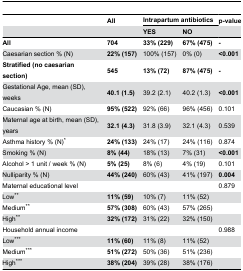
|  | All | <COLSPAN=2> Intrapartum antibiotics | p-value |
 |  |  | YES | NO |  |
 | --- | --- | --- | --- | --- |
 | All | 704 | 33% (229) | 67% (475) | - |
 | Caesarian section % (N) | 22% (157) | 100% (157) | 0% (0) | <0.001 |
 | Stratified (no caesarian section) | 545 | 13% (72) | 87% (475) | - |
 | Gestational Age, mean (SD), weeks | 40.1 (1.5) | 39.2 (2.1) | 40.2 (1.3) | <0.001 |
 | Caucasian % (N) | 95% (522) | 92% (66) | 96% (456) | 0.101 |
 | Maternal age at birth, mean (SD), years | 32.1 (4.3) | 31.8 (3.9) | 32.1 (4.3) | 0.539 |
 | Asthma history % (N)* | 24% (133) | 24% (17) | 24% (116) | 0.874 |
 | Smoking % (N) | 8% (44) | 18% (13) | 7% (31) | <0.001 |
 | Alcohol > 1 unit / week % (N) | 5% (25) | 8% (6) | 4% (19) | 0.101 |
 | Nulliparity % (N) | 44% (240) | 60% (43) | 41% (197) | 0.004 |
 | Maternal educational level |  |  |  | 0.879 |
 | Low** | 11% (59) | 10% (7) | 11% (52) |  |
 | Medium** | 57% (308) | 60% (43) | 57% (265) |  |
 | High** | 32% (172) | 31% (22) | 32% (150) |  |
 | Household annual income |  |  |  | 0.988 |
 | Low*** | 11% (60) | 11% (8) | 11% (52) |  |
 | Medium*** | 51% (272) | 50% (36) | 51% (236) |  |
 | High*** | 38% (204) | 39% (28) | 38% (176) |  |